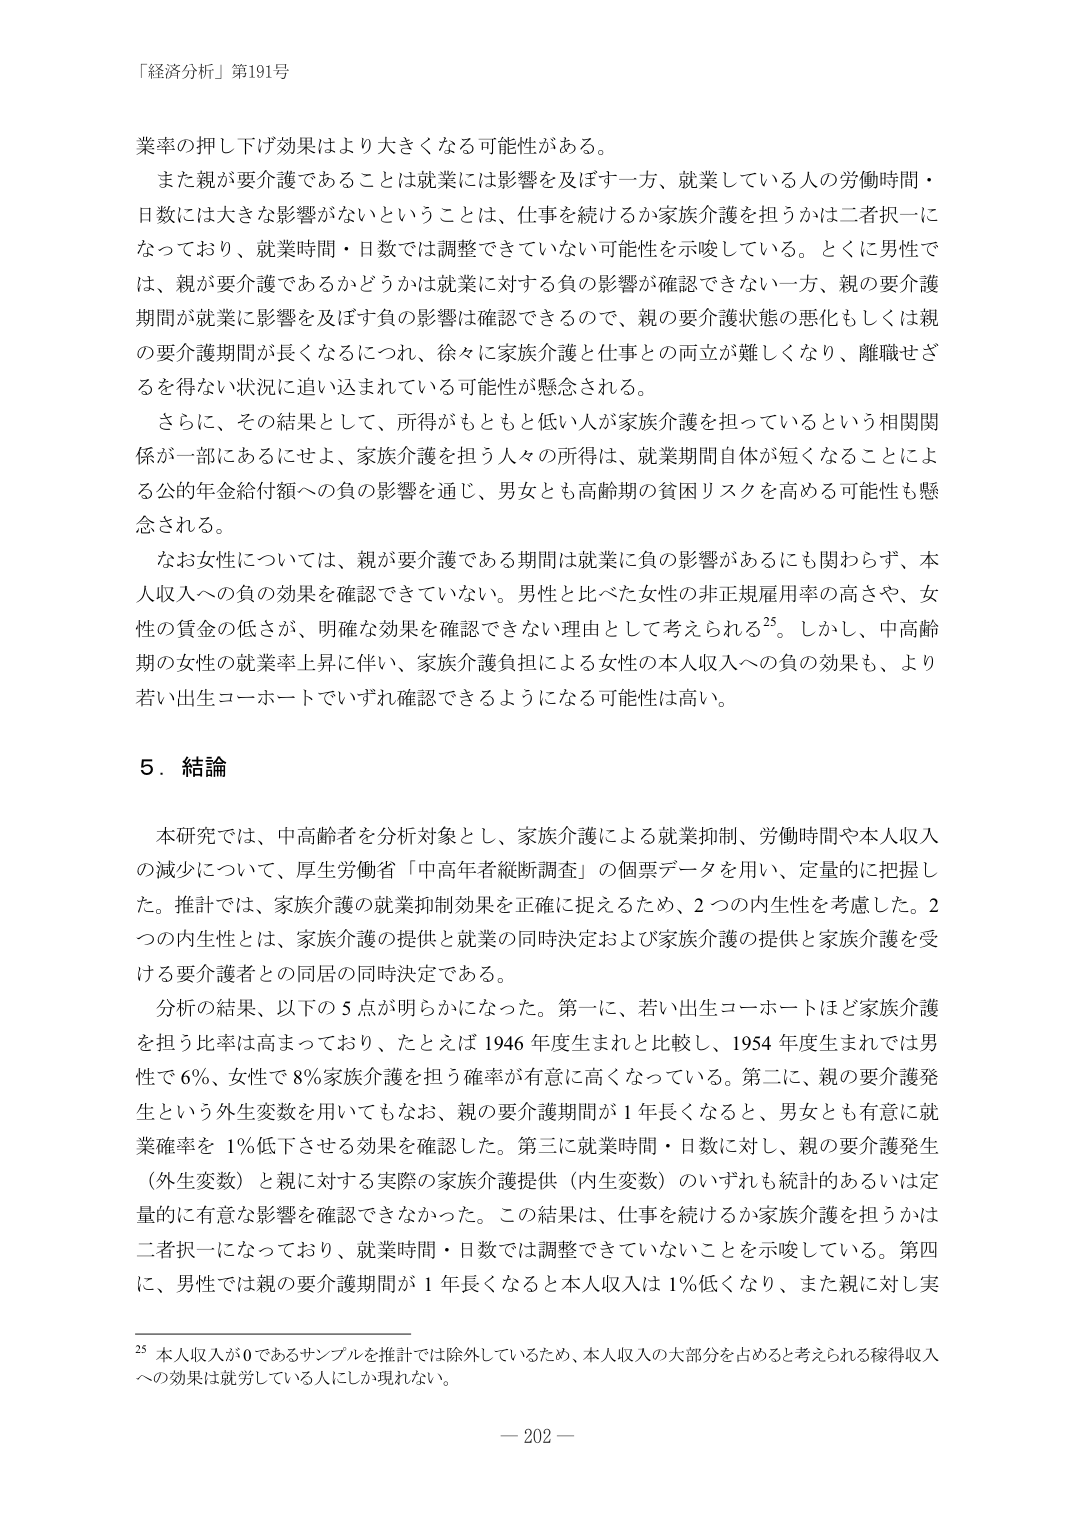
「経済分析」第191号

業率の押し下げ効果はより大きくなる可能性がある。
　また親が要介護であることは就業には影響を及ぼす一方、就業している人の労働時間・日数には大きな影響がないということは、仕事を続けるか家族介護を担うかは二者択一になっており、就業時間・日数では調整できていない可能性を示唆している。とくに男性では、親が要介護であるかどうかは就業に対する負の影響が確認できない一方、親の要介護期間が就業に影響を及ぼす負の影響は確認できるので、親の要介護状態の悪化もしくは親の要介護期間が長くなるにつれ、徐々に家族介護と仕事との両立が難しくなり、離職せざるを得ない状況に追い込まれている可能性が懸念される。
　さらに、その結果として、所得がもともと低い人が家族介護を担っているという相関関係が一部にあるにせよ、家族介護を担う人々の所得は、就業期間自体が短くなることによる公的年金給付額への負の影響を通じ、男女とも高齢期の貧困リスクを高める可能性も懸念される。
　なお女性については、親が要介護である期間は就業に負の影響があるにも関わらず、本人収入への負の効果を確認できていない。男性と比べた女性の非正規雇用率の高さや、女性の賃金の低さが、明確な効果を確認できない理由として考えられる25。しかし、中高齢期の女性の就業率上昇に伴い、家族介護負担による女性の本人収入への負の効果も、より若い出生コホートでいずれ確認できるようになる可能性は高い。

５．結論

　本研究では、中高齢者を分析対象とし、家族介護による就業抑制、労働時間や本人収入の減少について、厚生労働省「中高年者縦断調査」の個票データを用い、定量的に把握した。推計では、家族介護の就業抑制効果を正確に捉えるため、2つの内生性を考慮した。2つの内生性とは、家族介護の提供と就業の同時決定および家族介護の提供と家族介護を受ける要介護者との同居の同時決定である。
　分析の結果、以下の5点が明らかになった。第一に、若い出生コホートほど家族介護を担う比率は高まっており、たとえば1946年度生まれと比較し、1954年度生まれでは男性で6％、女性で8％家族介護を担う確率が有意に高くなっている。第二に、親の要介護発生という外生変数を用いてもなお、親の要介護期間が1年長くなると、男女とも有意に就業確率を1％低下させる効果を確認した。第三に就業時間・日数に対し、親の要介護発生（外生変数）と親に対する実際の家族介護提供（内生変数）のいずれも統計的あるいは定量的に有意な影響を確認できなかった。この結果は、仕事を続けるか家族介護を担うかは二者択一になっており、就業時間・日数では調整できていないことを示唆している。第四に、男性では親の要介護期間が1年長くなると本人収入は1％低くなり、また親に対し実

25 本人収入が0であるサンプルを推計では除外しているため、本人収入の大部分を占めると考えられる稼得収入への効果は就労している人にしか現れない。

－ 202 －